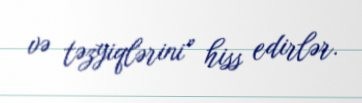
və təzyiqlərini” hiss edirlər.